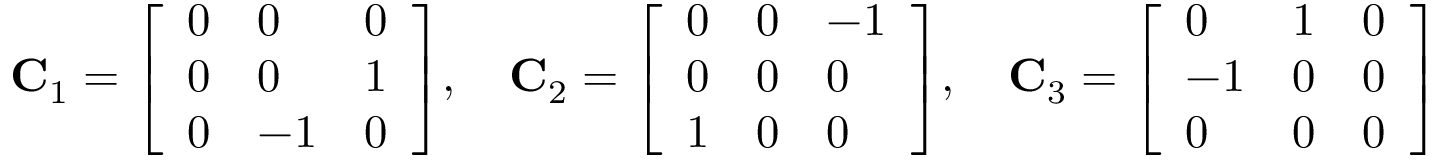
\mathbf { C } _ { 1 } = { \left[ \begin{array} { l l l } { 0 } & { 0 } & { 0 } \\ { 0 } & { 0 } & { 1 } \\ { 0 } & { - 1 } & { 0 } \end{array} \right] } , \quad \mathbf { C } _ { 2 } = { \left[ \begin{array} { l l l } { 0 } & { 0 } & { - 1 } \\ { 0 } & { 0 } & { 0 } \\ { 1 } & { 0 } & { 0 } \end{array} \right] } , \quad \mathbf { C } _ { 3 } = { \left[ \begin{array} { l l l } { 0 } & { 1 } & { 0 } \\ { - 1 } & { 0 } & { 0 } \\ { 0 } & { 0 } & { 0 } \end{array} \right] }